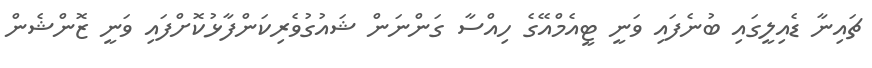
ޗައިނާ ޑެއިލީގައި ބުނެފައި ވަނީ ޓީއެމްއޭގެ ހިއްސާ ގަންނަން ޝައުގުވެރިކަންފާޅުކޮށްފައި ވަނީ ޒޮންޝެން